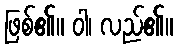
ဖြစ်၏။ ဝါ၊ လည်၏။